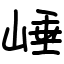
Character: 崜